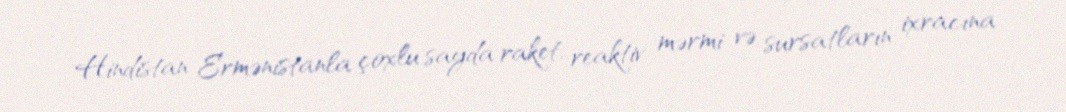
Hindistan Ermənistanla çoxlu sayda raket, reaktiv mərmi və sursatların ixracına